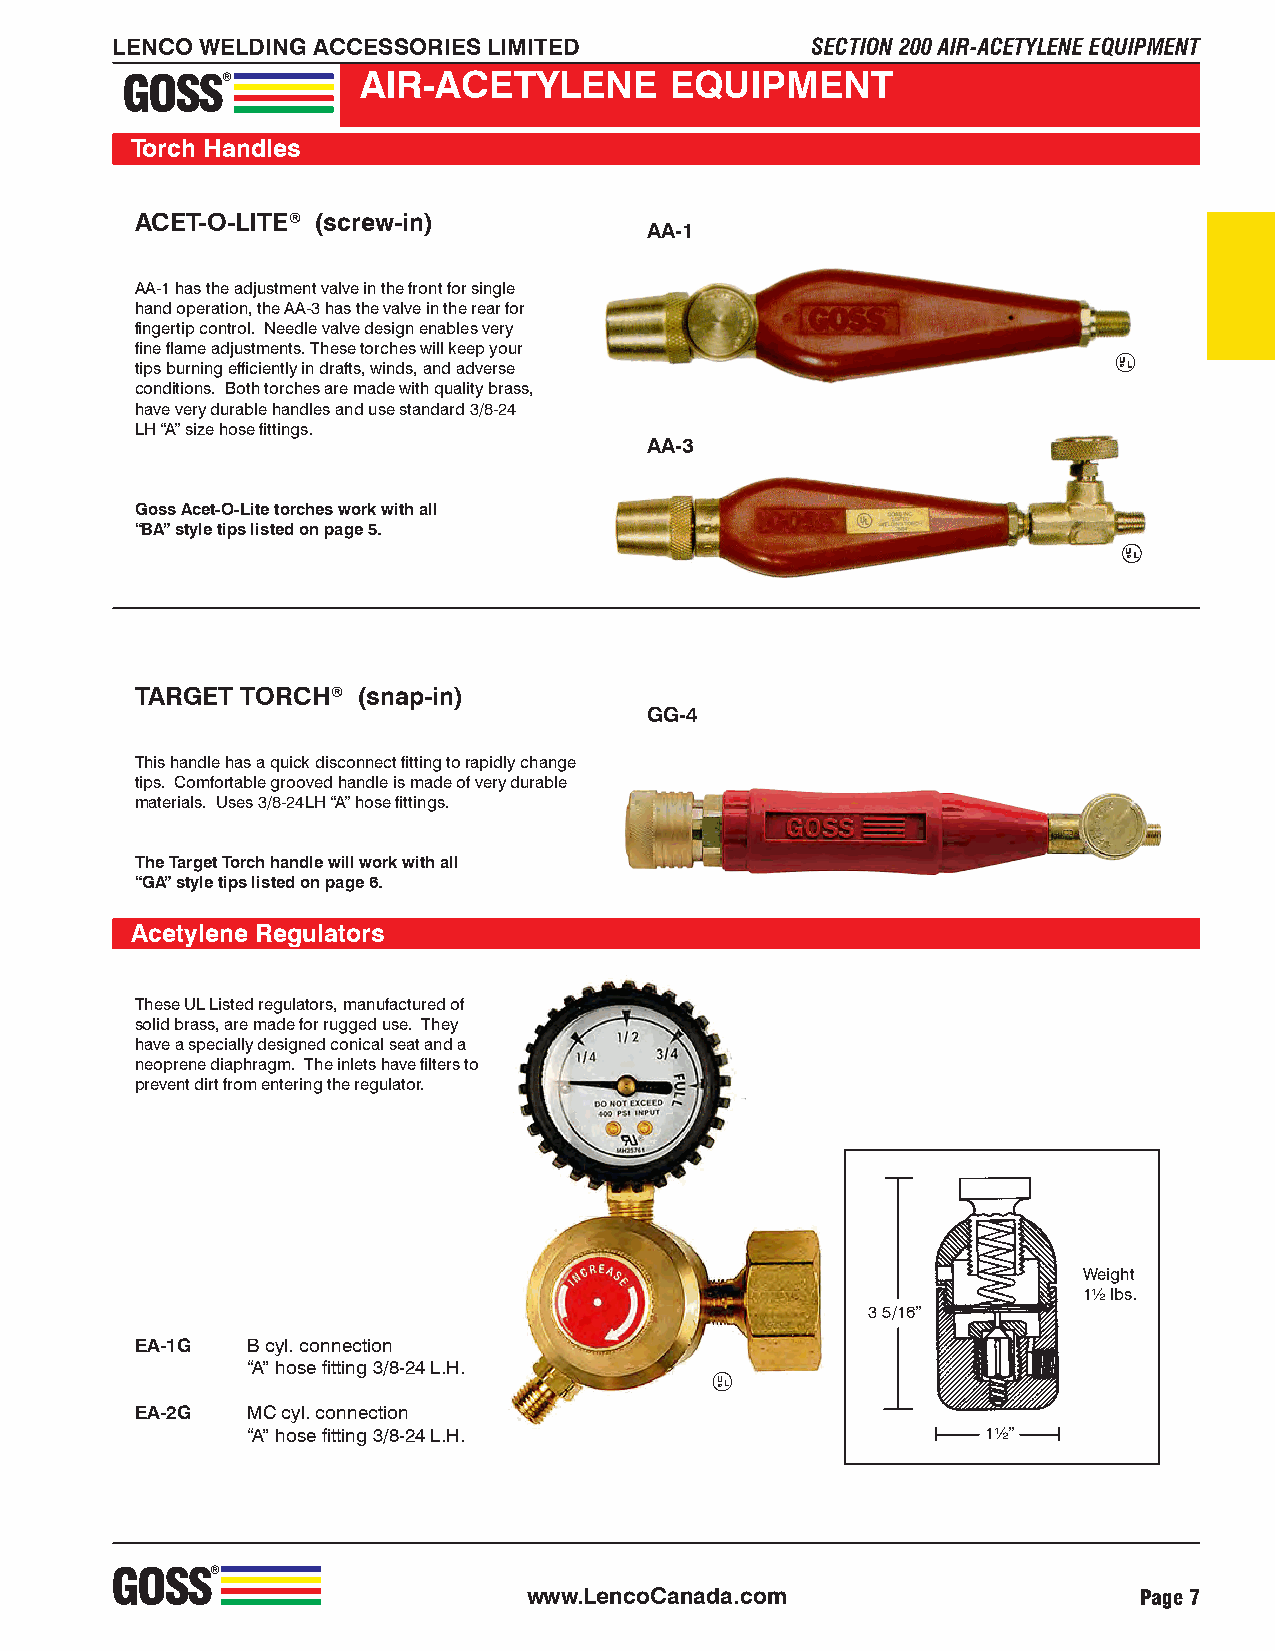
LENCO WELDING ACCESSORIES LIMITED              SECTION 200 AIR-ACETYLENE EQUIPMENT
 GOSS®           AIR-ACETYLENE       EQUIPMENT
 Torch Handles
 ACET-O-LITE® (screw-in)
 AA-1
 AA-1 has the adjustment valve in the front for single
 hand operation, the AA-3 has the valve in the rear for
 fingertip control. Needle valve design enables very
 fine flame adjustments. These torches will keep your
 tips burning efficiently in drafts, winds, and adverse           U ®LLLLL
 conditions. Both torches are made with quality brass,
 have very durable handles and use standard 3/8-24
 LH “A” size hose fittings.
 AA-3
 Goss Acet-O-Lite torches work with all
 “BA” style tips listed on page 5.
 U ®LLLLL
 TARGET TORCH®  (snap-in)
 GG-4
 This handle has a quick disconnect fitting to rapidly change
 tips. Comfortable grooved handle is made of very durable
 materials. Uses 3/8-24LH “A” hose fittings.
 The Target Torch handle will work with all
 “GA” style tips listed on page 6.
 Acetylene Regulators
 These UL Listed regulators, manufactured of
 solid brass, are made for rugged use. They
 have a specially designed conical seat and a
 neoprene diaphragm. The inlets have filters to
 prevent dirt from entering the regulator.
 Weight
 1½ lbs.
 3 5/16”
 EA-1G  B cyl. connection
 “A” hose fitting 3/8-24 L.H.
 U ®L
 EA-2G  MC cyl. connection
 “A” hose fitting 3/8-24 L.H.                     1½”
 GOSS®
 www.LencoCanada.com                     Page 7